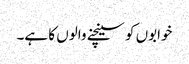
خوابوں کو سینچنے والوں کا ہے۔